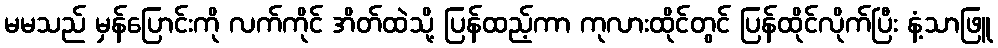
မမသည် မှန်ပြောင်းကို လက်ကိုင် အိတ်ထဲသို့ ပြန်ထည့်ကာ ကုလားထိုင်တွင် ပြန်ထိုင်လိုက်ပြီး နံ့သာဖြူ